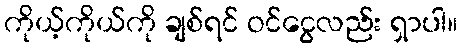
ကိုယ့်ကိုယ်ကို ချစ်ရင် ဝင်ငွေလည်း ရှာပါ။